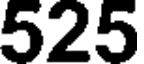
525